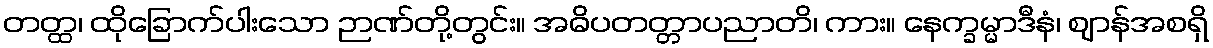
တတ္ထ၊ ထိုခြောက်ပါးသော ဉာဏ်တို့တွင်း။ အဓိပတတ္တာပညာတိ၊ ကား။ နေက္ခမ္မာဒီနံ၊ ဈာန်အစရှိ